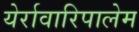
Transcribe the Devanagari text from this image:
येर्रावारिपालेम